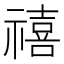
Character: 禧